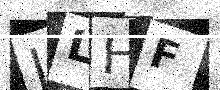
Text: JLHF